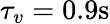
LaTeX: {\tau_{v}}=0.9\mathrm{s}